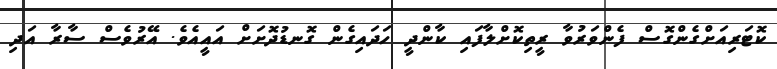
ކޮޓަރިއަށްގެންގޮސް ފެންވަރުވާ ރީތިކޮށްލާފައި ކާންދީ ހަދައިގެން ގޮނޑުދޮށަށް އައީއެވެ. އޭރުވެސް ސާރާ އަދި